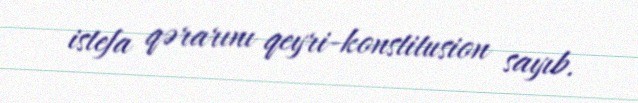
istefa qərarını qeyri-konstitusion sayıb.